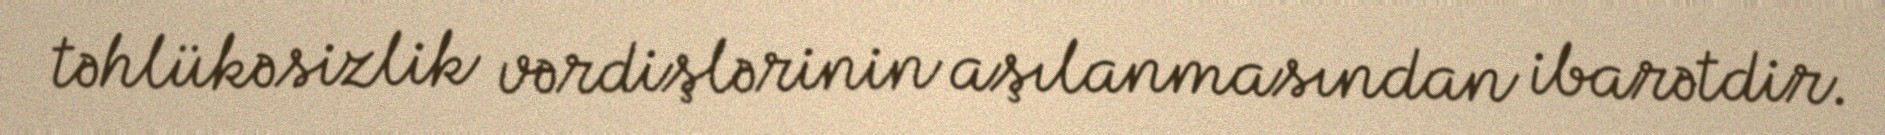
təhlükəsizlik vərdişlərinin aşılanmasından ibarətdir.